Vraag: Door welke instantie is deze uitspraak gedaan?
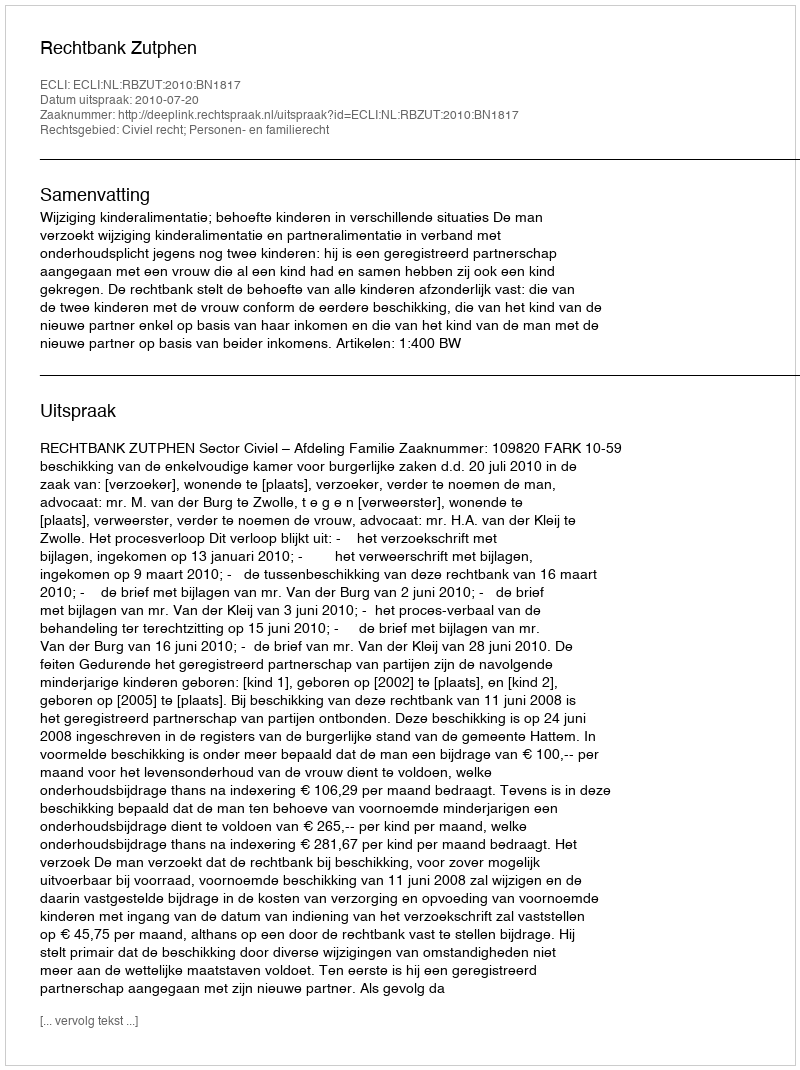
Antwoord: Rechtbank Zutphen